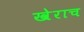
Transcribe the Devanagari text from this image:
खेराच